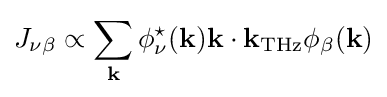
J_{\nu \beta }\propto \sum _{\mathbf {k} }\phi _{\nu }^{\star }({\mathbf {k} }){\mathbf {k} }\cdot {\mathbf {k} }_{\rm {THz}}\phi _{\beta }({\mathbf {k} })